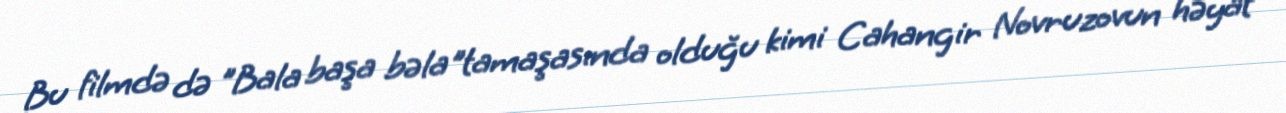
Bu filmdə də "Bala başa bəla"tamaşasında olduğu kimi Cahangir Novruzovun həyat